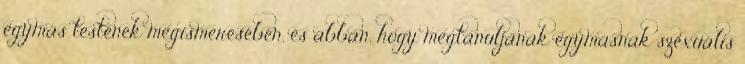
egymás testének megismerésében, és abban, hogy megtanuljanak egymásnak szexuális